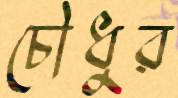
চৌধুর